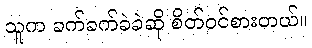
သူက ခက်ခက်ခဲခဲဆို စိတ်ဝင်စားတယ်။